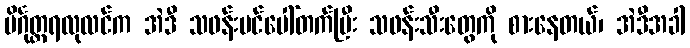
ပိင်္ဂုတ္တရလုလင်က အဲဒီ သဖန်းပင်ပေါ်တက်ပြီး သဖန်းသီးတွေကို စားနေတယ်၊ အဲဒီအခါ